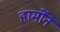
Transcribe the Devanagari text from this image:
हार्मोंन